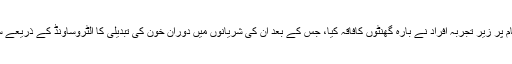
تجربے کے اختتام پر زیر تجربہ افراد نے بارہ گھنٹوں کافاقہ کیا، جس کے بعد ان کی شریانوں میں دوران خون کی تبدیلی کا الٹروساؤنڈ کے ذریعے سے جائزہ لیا گیا۔